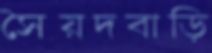
সৈয়দবাড়ি